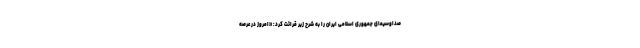
صداوسیمای جمهوری اسلامی ایران را به شرح زیر قرائت کرد: «امروز در عرصه